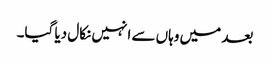
بعد میں وہاں سے انہیں نکال دیا گیا۔